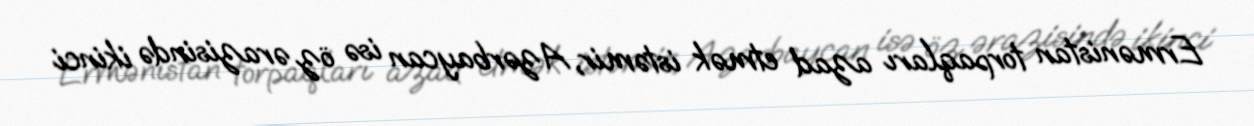
Ermənistan torpaqları azad etmək istəmir, Azərbaycan isə öz ərazisində ikinci